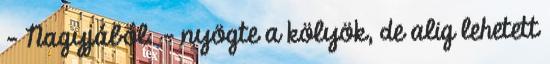
- Nagyjából. – nyögte a kölyök, de alig lehetett